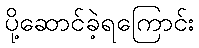
ပို့ဆောင်ခဲ့ရကြောင်း